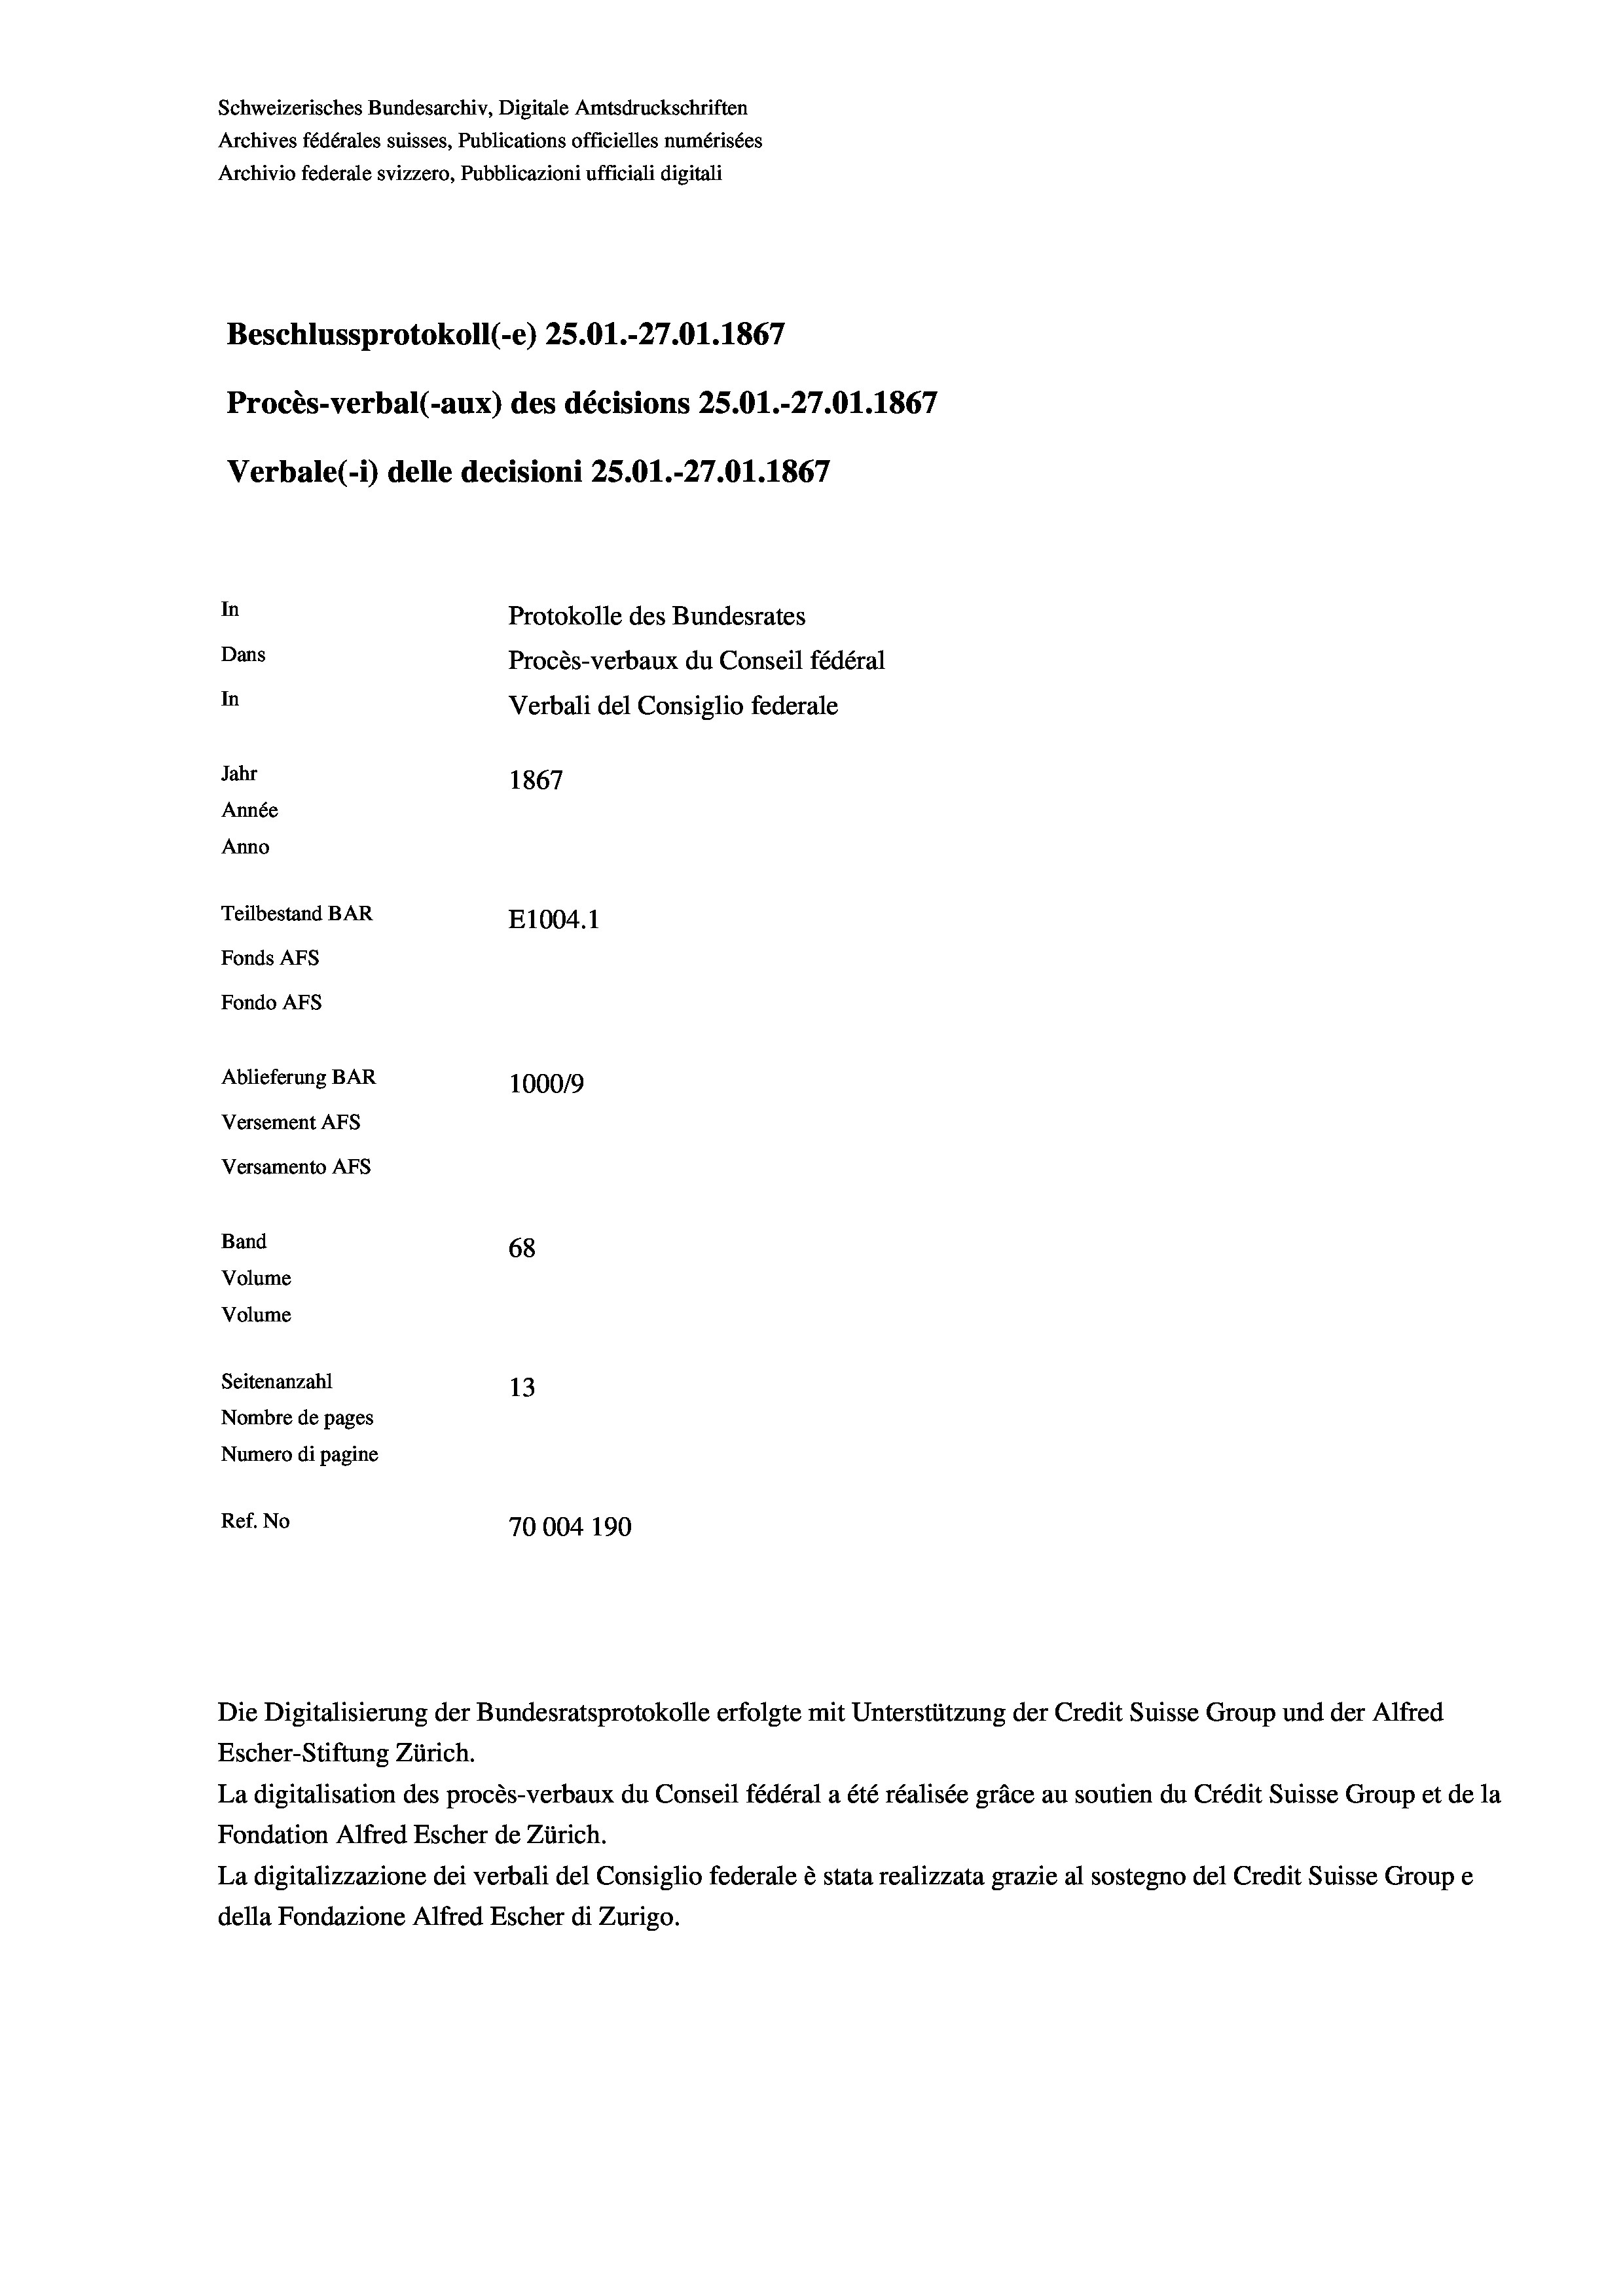
Schweizerisches Bundesarchiv, Digitale Amtsdruckschriften
Archives fédérales suisses, Publications officielles numérisées
Archivio federale svizzero, Pubblicazioni ufficiali digitali
Beschlussprotokoll (-e) 25.01.-27.01. 1867
Procès-verbal (-aux) des décisions 25.01.-27.01. 1867
Verbale (1) delle decisioni 25.01.-27.01. 1867
In
Protokolle des Bundesrates
Dans
Procès-verbaux du Conseil fédéral
In
Verbali del Consiglio federale
Jahr
1867
Année
Anno
Teilbestand BAR
E1004.1
Fonds AFs
Fondo AFs
Ablieferung BAR
100019
Versement AFs
Versamento AFs
Band
68
Volume
Volume

Seitenanzahl
13
Nombre de pages
Numero di pagine
Ref. No
70004 190

Escher-Stiftung Zürich.
La digitalisation des procès-verbaux du Conseil fédéral a été réalisée gräce au soutien du Crédit Suisse Group et de la
Fondation Alfred Escher de Zürich.
La digitalizzazione dei verbali del Consiglio federale è stata realizzata grazie al sostegno del Credit Suisse Groupe
della Fondazione Alfred Escher di Zurigo.

Die Digitalisierung der Bundesratsprotokolle erfolgte mit Unterstützung der Credit Suisse Group und der Alfred